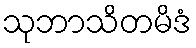
သုဘာသိတမိဒံ